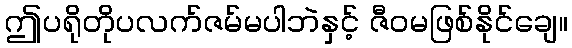
ဤပရိုတိုပလက်ဇမ်မပါဘဲနှင့် ဇီဝမဖြစ်နိုင်ချေ။